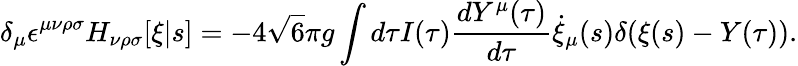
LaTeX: \delta_{\mu}\epsilon^{\mu\nu\rho\sigma}H_{\nu\rho\sigma}[\xi|s]=-4\sqrt{6}\pi g\int d\tau I(\tau)\frac{dY^{\mu}(\tau)}{d\tau}\dot{\xi}_{\mu}(s)\delta(\xi(s)-Y(\tau)).